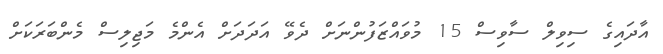
އާދައިގެ ސިވިލް ސާވިސް 15 މުވައްޒަފުންނަށް ދެވޭ އަދަދަށް އެންމެ މަޖިލިސް މެންބަރަކަށް